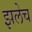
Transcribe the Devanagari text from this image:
झलेच